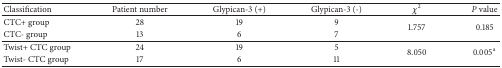
<table><thead><tr><td><b>Classification</b></td><td><b>Patient number</b></td><td><b>Glypican-3 (+)</b></td><td><b>Glypican-3 (-)</b></td><td><b><i>χ</i><sup>2</sup></b></td><td><b><i>P</i> value</b></td></tr></thead><tbody><tr><td>CTC+ group</td><td>28</td><td>19</td><td>9</td><td rowspan="2">1.757</td><td rowspan="2">0.185</td></tr><tr><td>CTC- group</td><td>13</td><td>6</td><td>7</td></tr><tr><td>Twist+ CTC group</td><td>24</td><td>19</td><td>5</td><td rowspan="2">8.050</td><td rowspan="2">0.005<sup>a</sup></td></tr><tr><td>Twist- CTC group</td><td>17</td><td>6</td><td>11</td></tr></tbody></table>